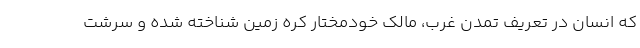
که انسان در تعریف تمدن غرب، مالک خودمختار کره زمین شناخته شده و سرشت